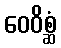
ဝေဝိစ္ဆံ